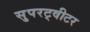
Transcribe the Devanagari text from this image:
सुपरट्वीटर